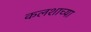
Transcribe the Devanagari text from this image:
कलशाच्या